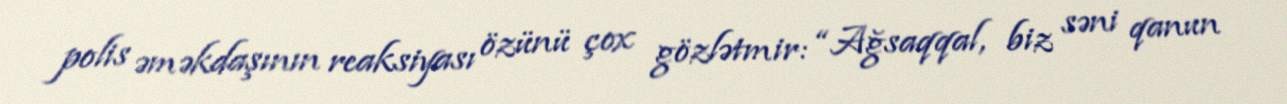
polis əməkdaşının reaksiyası özünü çox gözlətmir: “Ağsaqqal, biz səni qanun